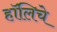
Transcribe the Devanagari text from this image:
हॉलिचे